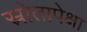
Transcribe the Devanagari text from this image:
स्रोतापेक्षा